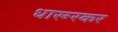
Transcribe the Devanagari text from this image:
धारूरकर